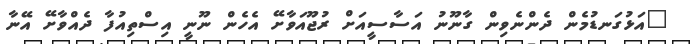
"އަޅުގަނޑުމެން ދެންނެވިން ގާނޫނު އަސާސީއަށް ރުޖޫއަވާށޭ އެހެން ނޫނީ އިސްތިއުފާ ދެއްވާށޭ އޭނާ